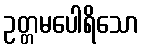
ဥတ္တမပေါရိသော